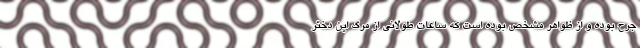
جرح بوده و از ظواهر مشخص بوده است که ساعات طولانی از مرگ این دختر